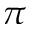
\pi